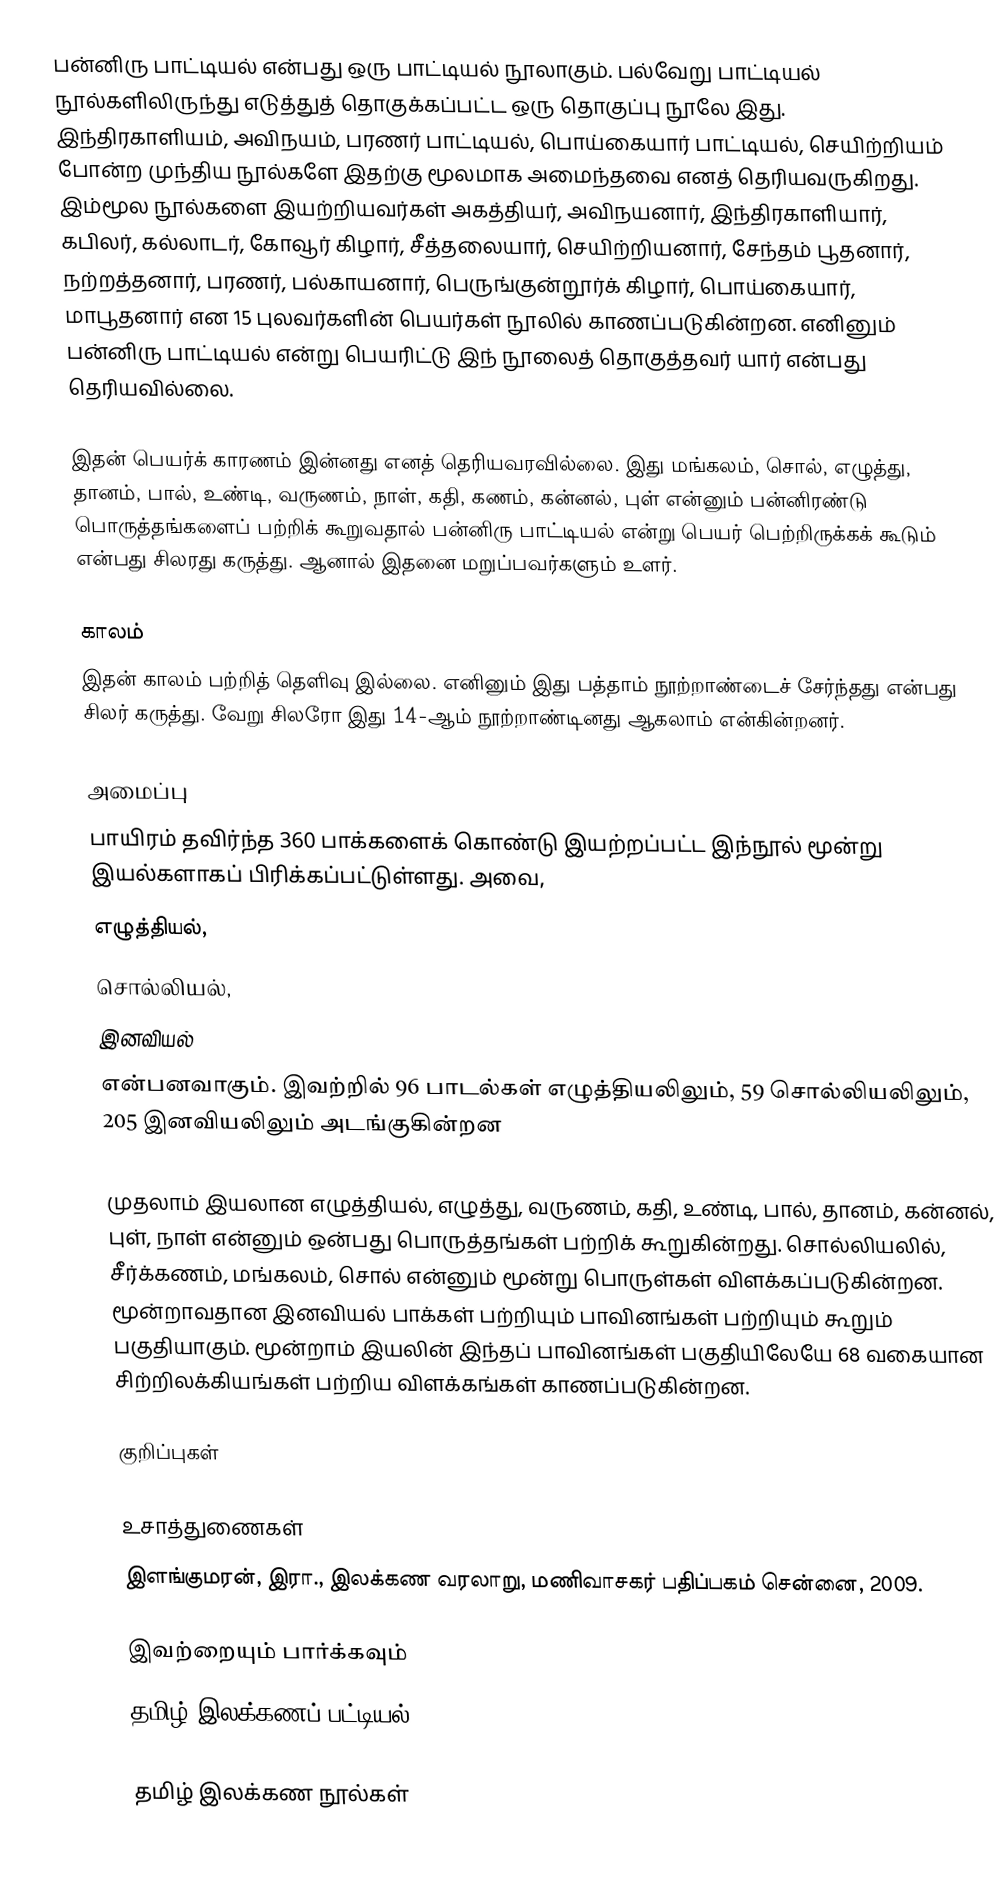
பன்னிரு பாட்டியல் என்பது ஒரு பாட்டியல் நூலாகும். பல்வேறு பாட்டியல் நூல்களிலிருந்து எடுத்துத் தொகுக்கப்பட்ட ஒரு தொகுப்பு நூலே இது. இந்திரகாளியம், அவிநயம், பரணர் பாட்டியல், பொய்கையார் பாட்டியல், செயிற்றியம் போன்ற முந்திய நூல்களே இதற்கு மூலமாக அமைந்தவை எனத் தெரியவருகிறது. இம்மூல நூல்களை இயற்றியவர்கள் அகத்தியர், அவிநயனார், இந்திரகாளியார், கபிலர், கல்லாடர், கோவூர் கிழார், சீத்தலையார், செயிற்றியனார், சேந்தம் பூதனார், நற்றத்தனார், பரணர், பல்காயனார், பெருங்குன்றூர்க் கிழார், பொய்கையார், மாபூதனார் என 15 புலவர்களின் பெயர்கள் நூலில் காணப்படுகின்றன. எனினும் பன்னிரு பாட்டியல் என்று பெயரிட்டு இந் நூலைத் தொகுத்தவர் யார் என்பது தெரியவில்லை.

இதன் பெயர்க் காரணம் இன்னது எனத் தெரியவரவில்லை. இது மங்கலம், சொல், எழுத்து, தானம், பால், உண்டி, வருணம், நாள், கதி, கணம், கன்னல், புள் என்னும் பன்னிரண்டு பொருத்தங்களைப் பற்றிக் கூறுவதால் பன்னிரு பாட்டியல் என்று பெயர் பெற்றிருக்கக் கூடும் என்பது சிலரது கருத்து. ஆனால் இதனை மறுப்பவர்களும் உளர்.

காலம்
இதன் காலம் பற்றித் தெளிவு இல்லை. எனினும் இது பத்தாம் நூற்றாண்டைச் சேர்ந்தது என்பது சிலர் கருத்து. வேறு சிலரோ இது 14-ஆம் நூற்றாண்டினது ஆகலாம் என்கின்றனர்.

அமைப்பு
பாயிரம் தவிர்ந்த 360 பாக்களைக் கொண்டு இயற்றப்பட்ட இந்நூல் மூன்று இயல்களாகப் பிரிக்கப்பட்டுள்ளது. அவை,
 எழுத்தியல்,
 சொல்லியல்,
 இனவியல்
என்பனவாகும். இவற்றில் 96 பாடல்கள் எழுத்தியலிலும், 59 சொல்லியலிலும், 205 இனவியலிலும் அடங்குகின்றன

முதலாம் இயலான எழுத்தியல், எழுத்து, வருணம், கதி, உண்டி, பால், தானம், கன்னல், புள், நாள் என்னும் ஒன்பது பொருத்தங்கள் பற்றிக் கூறுகின்றது. சொல்லியலில், சீர்க்கணம், மங்கலம், சொல் என்னும் மூன்று பொருள்கள் விளக்கப்படுகின்றன. மூன்றாவதான இனவியல் பாக்கள் பற்றியும் பாவினங்கள் பற்றியும் கூறும் பகுதியாகும். மூன்றாம் இயலின் இந்தப் பாவினங்கள் பகுதியிலேயே 68 வகையான சிற்றிலக்கியங்கள் பற்றிய விளக்கங்கள் காணப்படுகின்றன.

குறிப்புகள்

உசாத்துணைகள்
 இளங்குமரன், இரா., இலக்கண வரலாறு, மணிவாசகர் பதிப்பகம் சென்னை, 2009.

இவற்றையும் பார்க்கவும்
தமிழ் இலக்கணப் பட்டியல்

தமிழ் இலக்கண நூல்கள்